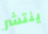
ينتشر